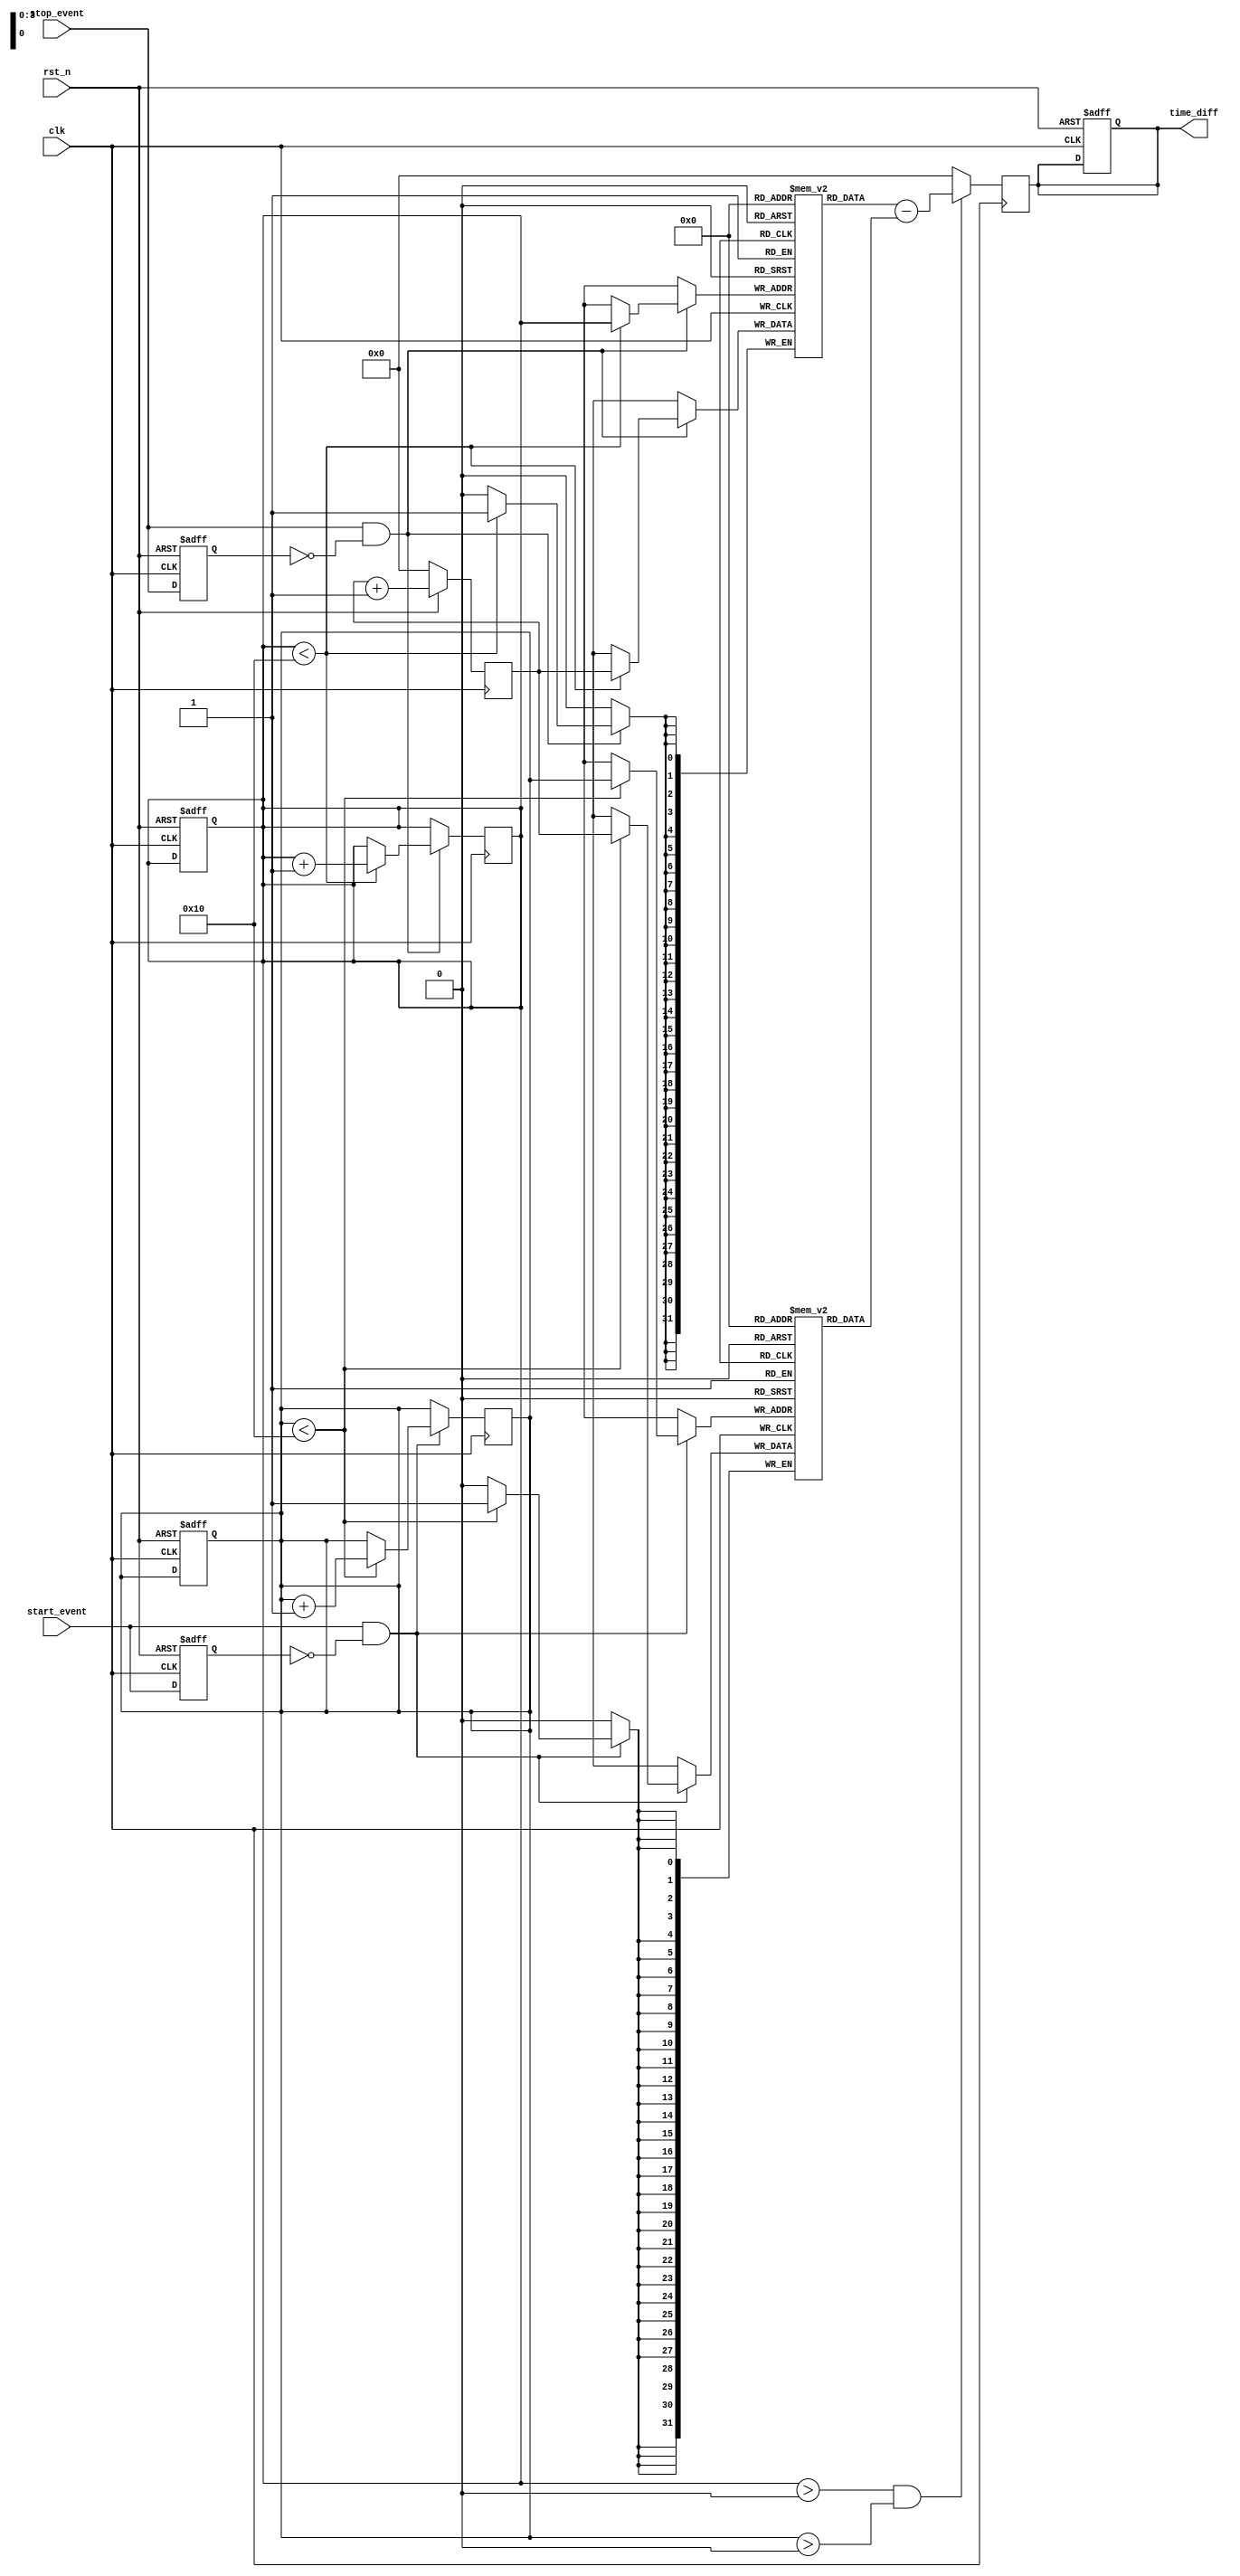
module TDC (
    input wire clk,               // System clock
    input wire rst_n,             // Active-low reset
    input wire start_event,       // Start event signal
    input wire stop_event,        // Stop event signal
    output reg [31:0] time_diff   // Time difference output (in ns)
);

    // Memory block size
    parameter MEMORY_SIZE = 16;

    reg [31:0] start_time [0:MEMORY_SIZE-1]; // Memory for start timestamps
    reg [31:0] stop_time [0:MEMORY_SIZE-1];  // Memory for stop timestamps
    reg [3:0] start_ptr;        // Pointer for start timestamp storage
    reg [3:0] stop_ptr;         // Pointer for stop timestamp storage
    reg [31:0] current_time;    // Current timestamp
    reg calculating;             // Flag for calculation state

    // Edge detection for the start event
    reg last_start_event;
    always @(posedge clk or negedge rst_n) begin
        if (!rst_n)
            last_start_event <= 0;
        else
            last_start_event <= start_event;
    end

    // Edge detection for the stop event
    reg last_stop_event;
    always @(posedge clk or negedge rst_n) begin
        if (!rst_n)
            last_stop_event <= 0;
        else
            last_stop_event <= stop_event;
    end

    // Capture current time on rising edges of start and stop events
    always @(posedge clk) begin
        if (start_event && !last_start_event) begin
            if (start_ptr < MEMORY_SIZE) begin
                start_time[start_ptr] <= current_time; // Store start timestamp
                start_ptr <= start_ptr + 1;
            end
        end

        if (stop_event && !last_stop_event) begin
            if (stop_ptr < MEMORY_SIZE) begin
                stop_time[stop_ptr] <= current_time; // Store stop timestamp
                stop_ptr <= stop_ptr + 1;
            end
        end
    end

    // Current timestamp generation (simulate)
    always @(posedge clk) begin
        if (!rst_n)
            current_time <= 0;
        else
            current_time <= current_time + 1; // Increment time for simulation
    end

    // Time interval calculation
    always @(posedge clk) begin
        if (stop_ptr > 0 && start_ptr > 0) begin
            // Simple difference calculation for the first pair
            time_diff <= stop_time[0] - start_time[0];
        end else begin
            time_diff <= 32'b0; // Default output when no valid timestamps
        end
    end

    // Reset logic
    always @(posedge clk or negedge rst_n) begin
        if (!rst_n) begin
            start_ptr <= 0;
            stop_ptr <= 0;
            time_diff <= 0;
        end
    end

endmodule